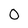
Character: O